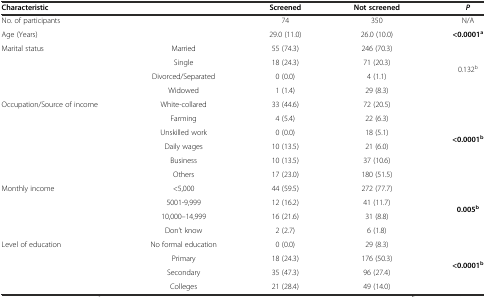
<table><thead><tr><td><b>Characteristic</b></td><td></td><td><b>Screened</b></td><td><b>Not screened</b></td><td><b><i>P</i></b></td></tr></thead><tbody><tr><td>No. of participants</td><td></td><td>74</td><td>350</td><td>N/A</td></tr><tr><td>Age (Years)</td><td></td><td>29.0 (11.0)</td><td>26.0 (10.0)</td><td><b>&lt;0.0001</b><sup><b>a</b></sup></td></tr><tr><td>Marital status</td><td>Married</td><td>55 (74.3)</td><td>246 (70.3)</td><td rowspan="4">0.132<sup>b</sup></td></tr><tr><td></td><td>Single</td><td>18 (24.3)</td><td>71 (20.3)</td></tr><tr><td></td><td>Divorced/Separated</td><td>0 (0.0)</td><td>4 (1.1)</td></tr><tr><td></td><td>Widowed</td><td>1 (1.4)</td><td>29 (8.3)</td></tr><tr><td>Occupation/Source of income</td><td>White-collared</td><td>33 (44.6)</td><td>72 (20.5)</td><td rowspan="6"><b>&lt;0.0001</b><sup><b>b</b></sup></td></tr><tr><td></td><td>Farming</td><td>4 (5.4)</td><td>22 (6.3)</td></tr><tr><td></td><td>Unskilled work</td><td>0 (0.0)</td><td>18 (5.1)</td></tr><tr><td></td><td>Daily wages</td><td>10 (13.5)</td><td>21 (6.0)</td></tr><tr><td></td><td>Business</td><td>10 (13.5)</td><td>37 (10.6)</td></tr><tr><td></td><td>Others</td><td>17 (23.0)</td><td>180 (51.5)</td></tr><tr><td>Monthly income</td><td>&lt;5,000</td><td>44 (59.5)</td><td>272 (77.7)</td><td rowspan="4"><b>0.005</b><sup><b>b</b></sup></td></tr><tr><td></td><td>5001-9,999</td><td>12 (16.2)</td><td>41 (11.7)</td></tr><tr><td></td><td>10,000–14,999</td><td>16 (21.6)</td><td>31 (8.8)</td></tr><tr><td></td><td>Don’t know</td><td>2 (2.7)</td><td>6 (1.8)</td></tr><tr><td>Level of education</td><td>No formal education</td><td>0 (0.0)</td><td>29 (8.3)</td><td rowspan="4"><b>&lt;0.0001</b><sup><b>b</b></sup></td></tr><tr><td></td><td>Primary</td><td>18 (24.3)</td><td>176 (50.3)</td></tr><tr><td></td><td>Secondary</td><td>35 (47.3)</td><td>96 (27.4)</td></tr><tr><td></td><td>Colleges</td><td>21 (28.4)</td><td>49 (14.0)</td></tr></tbody></table>